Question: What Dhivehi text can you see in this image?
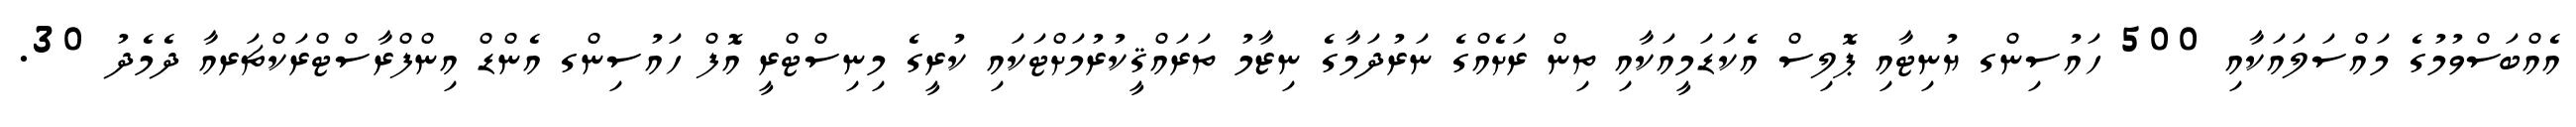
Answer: އެއްބަސްވުމުގެ މައްސަލައަކާއި 500 ހައުސިންގ ޔުނިޓާއި ޕޮލިސް އެކަޑަމީއަކާއި ތިން ރަށެއްގެ ނަރުދަމާގެ ނިޒާމު ތަރައްޤީކުރުމަށްޓަކައި ކުރީގެ މިނިސްޓްރީ އޮފް ހައުސިންގ އެންޑް އިންފްރާސްޓްރަކްޗަރއާ ދެމެދު 30.